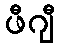
ဖီဂျီ